Board of Education Examinations in Art and in Science and Technology, and Examinations of the City and Guilds of London Institute, 1919, 1919
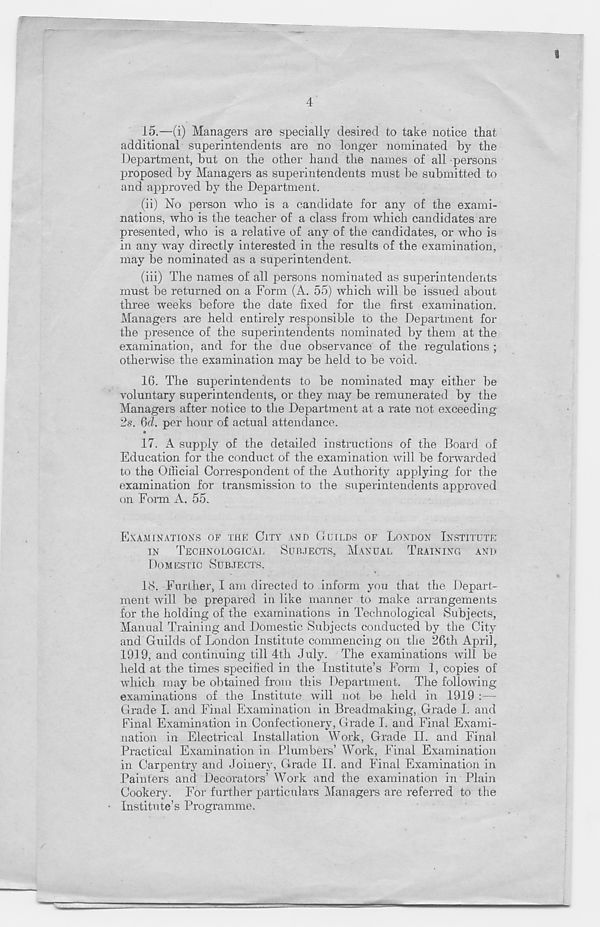
4
15.
—(i) Managers are s
additional superintendents are no longer nominated by the
Department, but on the other hand the names of all persons
proposed by Managers as superintendents must be submitted to
and approved by the Department.
(ii) No person who is a candidate for any of the exami-
nations, who is the teacher of a class from which candidates are
presented, who is a relative of any of the candidates, or Avho is
in any way directly interested in the results of the examination,
may be nominated as a superintendent.
(iii) The names of all persons nominated as superintendents
must be returned on a Form (A. 55) which will be issued about
three weeks before the date fixed for the first examination.
Managers are held entirely responsible to the Department for
the presence of the superintendents nominated by them at the
examination, and for the due observance of the regulations ;
otherwise the examination may be held to be void.
16. The superintendents to be nominated may either be
voluntary superintendents, or they may be remunerated by the
Managers after notice to the Department at a rate not exceeding
2s. Qd. per hour of actual attendance.
•
17. A supply of the detailed instructions of the Board of
Education for the conduct of the examination wdll be forwarded
to the Official Correspondent of the Authority applying for the
examination for transmission to the superintendents approved
on Form A. 55.
EXAMINATIONS OF THE CITY AND GUILDS OF LONDON INSTITUTE
IN
TECHNOLOGICAL
SUBJECTS, MANUAL
TRAINING
AND
DOMESTIC SUBJECTS.
18.
Further, I am directe
ment Avill be prepared in like manner to make arrangements
for the holding of the examinations in Technological Subjects,
Manual Training and Domestic Subjects conducted by the City
and Guilds of London Institute commencing on the 26th April,
193 9, and continuing till 4th July. The examinations wfill be
held at the times specified in the Institute’s Form 1, copies of
which may be obtained from this Department. The following
examinations of the Institute will not be held in 1919 :—
Grade I. and Final Examination in Breadmaking, Grade I. and
Final Examination in Confectionery, Grade I. and Final Exami-
nation in Electrical Installation Work, Grade II. and Final
Practical Examination in Plumbers’ Work, Final Examination
in Carpentry and Joinery, Grade II. and Final Examination in
Painters and Decorators’ Work and the examination in Plain
Cookery. For further particulars Managers are referred to the
Institute’s Programme.